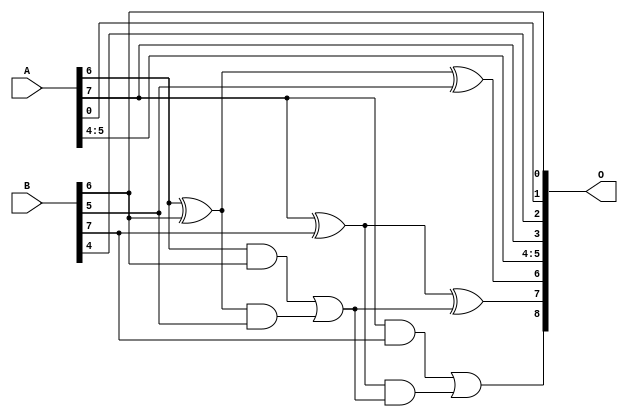
/***
* This code is a part of EvoApproxLib library (ehw.fit.vutbr.cz/approxlib) distributed under The MIT License.
* When used, please cite the following article(s): PRABAKARAN B. S., MRAZEK V., VASICEK Z., SEKANINA L., SHAFIQUE M. ApproxFPGAs: Embracing ASIC-based Approximate Arithmetic Components for FPGA-Based Systems. DAC 2020. 
***/
// MAE% = 3.18 %
// MAE = 16 
// WCE% = 8.20 %
// WCE = 42 
// WCRE% = 100.00 %
// EP% = 98.83 %
// MRE% = 8.79 %
// MSE = 351 
// FPGA_POWER = 0.28
// FPGA_DELAY = 6.2
// FPGA_LUT = 2.0


module add8u_05J(A, B, O);
  input [7:0] A, B;
  output [8:0] O;
  wire sig_43, sig_44, sig_45, sig_47, sig_48, sig_49;
  wire sig_50;
  assign sig_43 = A[6] ^ B[6];
  assign sig_44 = A[6] & B[6];
  assign sig_45 = sig_43 & B[5];
  assign O[6] = sig_43 ^ B[5];
  assign sig_47 = sig_44 | sig_45;
  assign sig_48 = A[7] ^ B[7];
  assign sig_49 = A[7] & B[7];
  assign sig_50 = sig_48 & sig_47;
  assign O[7] = sig_48 ^ sig_47;
  assign O[8] = sig_49 | sig_50;
  assign O[0] = B[6];
  assign O[1] = A[0];
  assign O[2] = B[4];
  assign O[3] = A[7];
  assign O[4] = A[4];
  assign O[5] = A[5];
endmodule